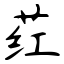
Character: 荭